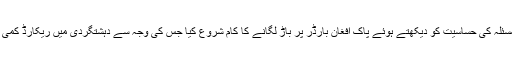
پاکستان نے اس مسئلہ کی حساسیت کو دیکھتے ہوئے پاک افغان بارڈر پر باڑ لگانے کا کام شروع کیا جس کی وجہ سے دہشتگردی میں ریکارڈ کمی دیکھنے کو ملی ۔